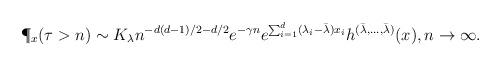
LaTeX: \begin{align*}\P_x(\tau > n) \sim K_{\lambda} n^{-d(d-1)/2 - d/2} e^{-\gamma n} e^{\sum_{i=1}^d ( \lambda_i- \bar{\lambda} ) x_i} h^{(\bar{\lambda}, \ldots, \bar{\lambda})}(x), n \rightarrow \infty.\end{align*}